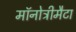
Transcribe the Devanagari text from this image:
मॉनोट्रीमैटा